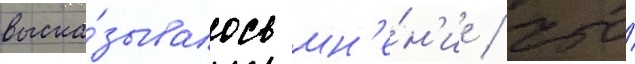
выска́зывалось мн'е́н'ие / что́